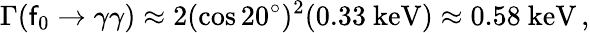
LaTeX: \Gamma(\mathsf{f}_{0}\rightarrow\gamma\gamma)\approx2(\cos20^{\circ})^{2}(0.33\ \mathrm{{keV}})\approx0.58\ \mathrm{{keV}}\, ,